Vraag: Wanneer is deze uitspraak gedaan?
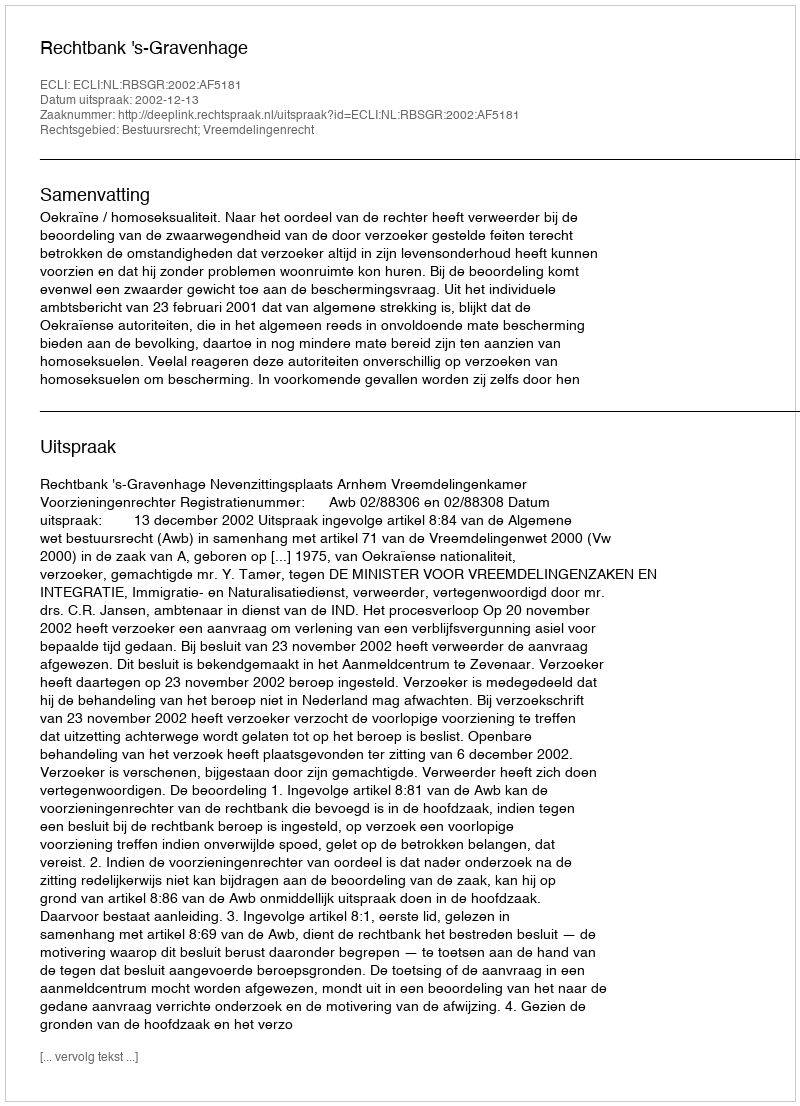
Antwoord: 2002-12-13